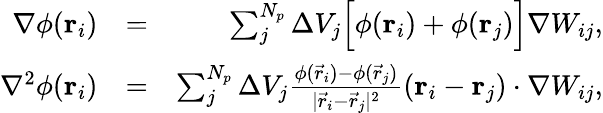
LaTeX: \begin{array}{rlr}{\nabla\phi(\boldsymbol{\mathbf{r}}_{i})}&{=}&{\sum_{j}^{N_{p}}\Delta{V}_{j}\Bigl[\phi(\boldsymbol{\mathbf{r}}_{i})+\phi(\boldsymbol{\mathbf{r}}_{j})\Bigr]\nabla W_{ij},}\\ {\nabla^{2}\phi(\boldsymbol{\mathbf{r}}_{i})}&{=}&{\sum_{j}^{N_{p}}\Delta{V}_{j}\frac{\phi(\vec{r}_{i})-\phi(\vec{r}_{j})}{|\vec{r}_{i}-\vec{r}_{j}|^{2}}(\boldsymbol{\mathbf{r}}_{i}-\boldsymbol{\mathbf{r}}_{j})\cdot\nabla W_{ij},}\end{array}